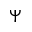
\Psi